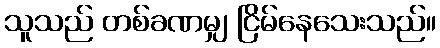
သူသည် တစ်ခဏမျှ ငြိမ်နေသေးသည်။